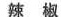
辣椒